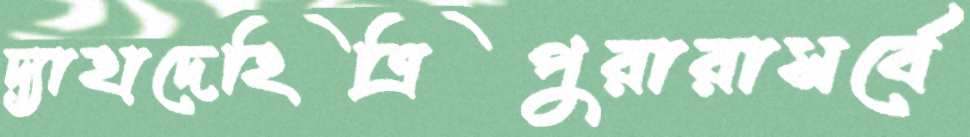
দ্যাহাদেহিত্রিপুরারাসর্বে